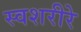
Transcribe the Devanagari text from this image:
स्वशरीरे